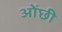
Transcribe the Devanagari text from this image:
ओंछी